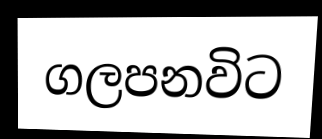
ගලපනවිට